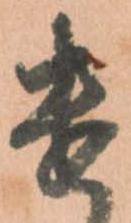
遣